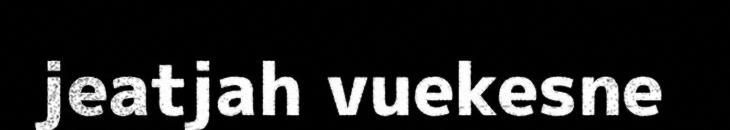
jeatjah vuekesne